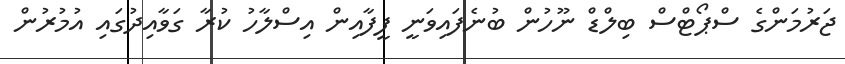
ޖަރުމަންގެ ސްޕޯޓްސް ބިލްޑް ނޫހުން ބުނެފައިވަނީ ފީފާއިން އިސްލާހު ކުރާ ގަވާއިދުގައި އުމުރުން